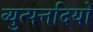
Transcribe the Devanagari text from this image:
व्युत्पत्तदियों